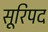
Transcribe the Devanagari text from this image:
सूरिपद